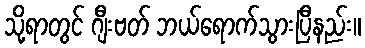
သို့ရာတွင် ဂျီးဗတ် ဘယ်ရောက်သွားပြီနည်း။